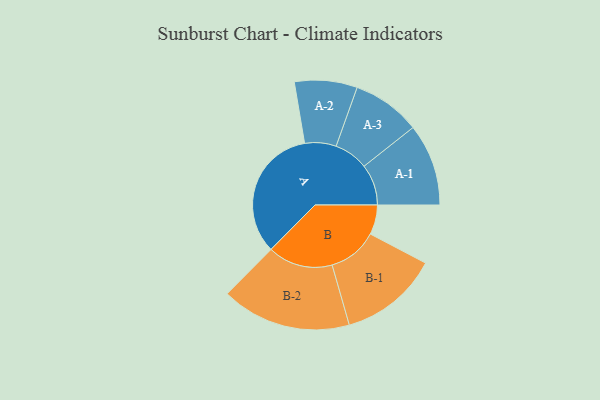
{"axis": {"x": "Segment", "y": "Value"}, "legend": ["", "A", "B"], "data": [{"x": "A", "y": 472, "type": ""}, {"x": "B", "y": 104, "type": ""}, {"x": "A-1", "y": 144, "type": "A"}, {"x": "A-2", "y": 110, "type": "A"}, {"x": "A-3", "y": 120, "type": "A"}, {"x": "B-1", "y": 174, "type": "B"}, {"x": "B-2", "y": 228, "type": "B"}]}